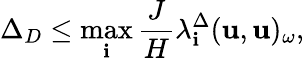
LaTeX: \Delta_{D}\leq\operatorname*{max}_{\mathbf{i}}\frac{{J}}{{H}}\lambda_{\mathbf{i}}^{\Delta}(\mathbf{{u}},\mathbf{{u}})_{\omega},